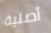
أصلية